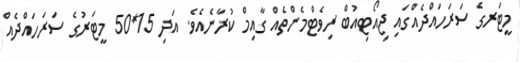
މީޓަރގެ ސަރަހައްދެއްގައި ޖިއޯޓިއުބް ރިވެޓްމެންތެއް ގާއިމް ކުރާނެއެވެ. އަދި 15*50 މީޓަރުގެ ސަރަހައްދެއް